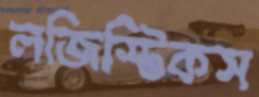
লজিস্টিকস